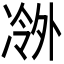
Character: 𫥖